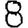
Digit: 8